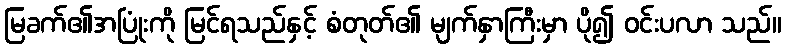
မြခက်၏အပြုံးကို မြင်ရသည်နှင့် စံတုတ်၏ မျက်နှာကြီးမှာ ပို၍ ဝင်းပလာ သည်။